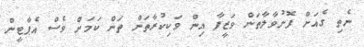
ނެތި ގެއަށް ފޮނުވާލާތަން ވަޒީފާ އިން ވަކިކުރާތަން ތަން ކަމަށް ވެސް އެޕާޓީން